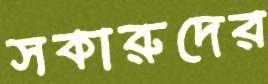
সকারুদের